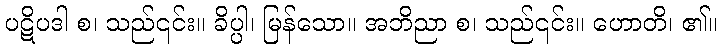
ပဋိပဒါ စ၊ သည်၎င်း။ ခိပ္ပါ၊ မြန်သော။ အဘိညာ စ၊ သည်၎င်း။ ဟောတိ၊ ၏။